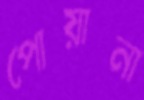
পোয়ানা